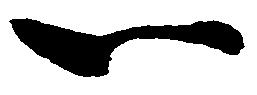
一